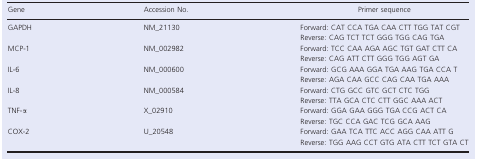
<table><thead><tr><td><b>Gene</b></td><td><b>Accession No.</b></td><td><b>Primer sequence</b></td></tr></thead><tbody><tr><td rowspan="2">GAPDH</td><td rowspan="2">NM_21130</td><td>Forward: CAT CCA TGA CAA CTT TGG TAT CGT</td></tr><tr><td>Reverse: CAG TCT TCT GGG TGG CAG TGA</td></tr><tr><td rowspan="2">MCP‐1</td><td rowspan="2">NM_002982</td><td>Forward: TCC CAA AGA AGC TGT GAT CTT CA</td></tr><tr><td>Reverse: CAG ATT CTT GGG TGG AGT GA</td></tr><tr><td rowspan="2">IL‐6</td><td rowspan="2">NM_000600</td><td>Forward: GCG AAA GGA TGA AAG TGA CCA T</td></tr><tr><td>Reverse: AGA CAA GCC CAG CAA TGA AAA</td></tr><tr><td rowspan="2">IL‐8</td><td rowspan="2">NM_000584</td><td>Forward: CTG GCC GTC GCT CTC TGG</td></tr><tr><td>Reverse: TTA GCA CTC CTT GGC AAA ACT</td></tr><tr><td rowspan="2">TNF‐α</td><td rowspan="2">X_02910</td><td>Forward: GGA GAA GGG TGA CCG ACT CA</td></tr><tr><td>Reverse: TGC CCA GAC TCG GCA AAG</td></tr><tr><td rowspan="2">COX‐2</td><td rowspan="2">U_20548</td><td>Forward: GAA TCA TTC ACC AGG CAA ATT G</td></tr><tr><td>Reverse: TGG AAG CCT GTG ATA CTT TCT GTA CT</td></tr></tbody></table>